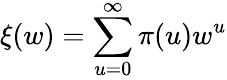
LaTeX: \xi(w)=\sum_{u=0}^{\infty}\pi(u)w^{u}